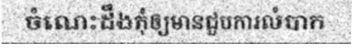
ចំណេះដឹងកុំឲ្យមានជួបការលំបាក